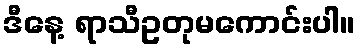
ဒီနေ့ ရာသီဥတုမကောင်းပါ။